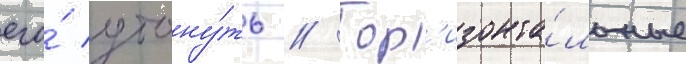
его́ утону́ть // Гор'изонта́льные